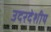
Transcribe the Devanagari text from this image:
उदरदेशीय